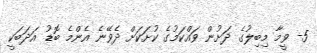
5- ވީމާ މިބިލުގެ ދަށުން ވައްކަމުގެ ކުށަކަށް ދެވޭނެ އެންމެ ބޮޑު އަދަބަކީ